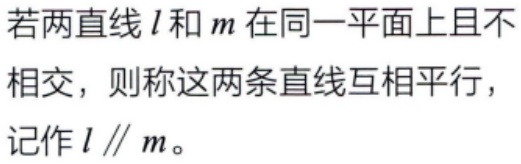
若两直线\(l\)和\(m\)在同一平面上且不相交，则称这两条直线互相平行，记作\(l\parallel m\)。